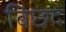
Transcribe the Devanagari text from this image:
बिछद